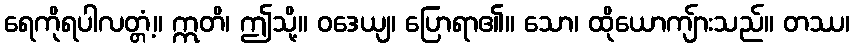
ရေကိုရပါလတ္တံ့။ ဣတိ၊ ဤသို့။ ဝဒေယျ၊ ပြောရာ၏။ သော၊ ထိုယောကျ်ားသည်။ တဿ၊